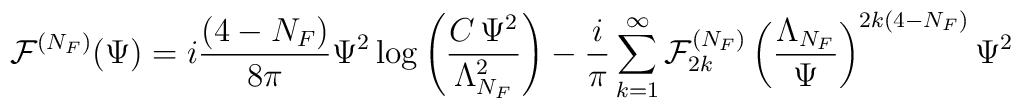
{\cal F}^{(N_{F})}(\Psi)=i\frac{(4-N_{F})}{8\pi}\Psi^{2}\log{\left(\frac{C\,\Psi^{2}}{\Lambda^{2}_{N_{F}}}\right)}-\frac{i}{\pi}\sum_{k=1}^{\infty}{\cal F}^{(N_{F})}_{2k}\left(\frac{\Lambda_{N_{F}}}{\Psi}\right)^{2k(4-N_{F})}\Psi^{2}